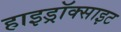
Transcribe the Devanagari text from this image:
हाइड्रॉक्साइट